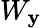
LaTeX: W_{\mathbf{y}}